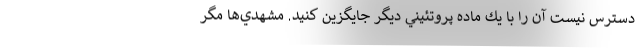
دسترس نيست آن را با يك ماده پروتئيني ديگر جايگزين كنيد. مشهدي‌ها مگر